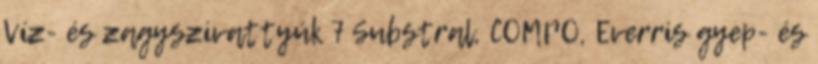
Víz- és zagyszivattyúk 7 Substral, COMPO, Everris gyep- és